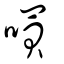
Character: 嘪